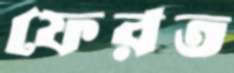
ফেরত